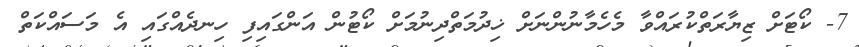
7- ކޯޓަށް ޒިޔާރަތްކުރައްވާ މެހެމާނުންނަށް ޚިދުމަތްދިނުމަށް ކޯޓުން އަންގައިފި ހިނދެއްގައި އެ މަސައްކަތް